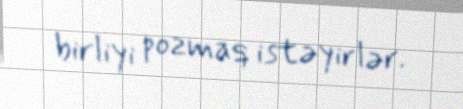
birliyi pozmaq istəyirlər.